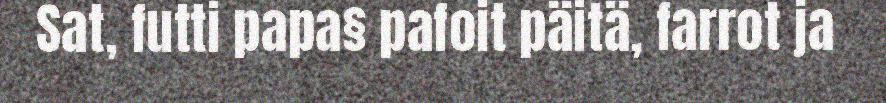
Sat, futti papa§ pafoit päitä, farrot ja